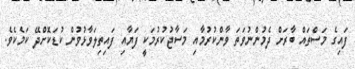
ފައިގެ މަސްތައް ބާރަށް ދެމުންނުވަތަ ވާންކުރުމާއި މަސާޖުކުރުމަކީ ފަޔާއި ފައިތިލަވާޅުވުން ކުޑަކޮށްދޭ ކަމެކެވެ.